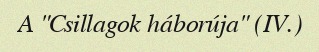
A "Csillagok háborúja" (IV.)